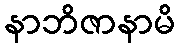
နာဘိဇာနာမိ